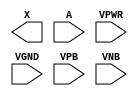
module sky130_fd_sc_ms__dlymetal6s2s (
    X   ,
    A   ,
    VPWR,
    VGND,
    VPB ,
    VNB
);

    output X   ;
    input  A   ;
    input  VPWR;
    input  VGND;
    input  VPB ;
    input  VNB ;
endmodule